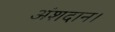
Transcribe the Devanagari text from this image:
अंशदान।